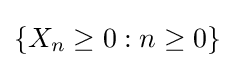
\{X_{n}\geq 0:n\geq 0\}